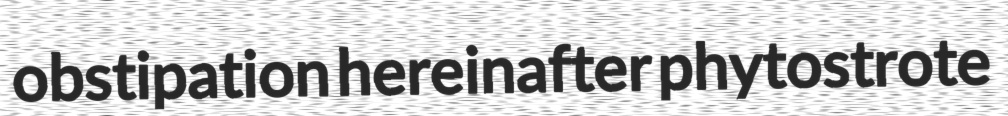
obstipation hereinafter phytostrote